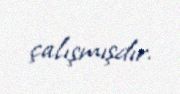
çalışmışdır.